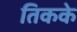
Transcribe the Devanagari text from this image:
तिकके